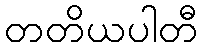
တတိယပါတီ